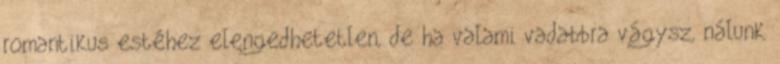
romantikus estéhez elengedhetetlen, de ha valami vadabbra vágysz, nálunk